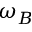
\omega _ { B }